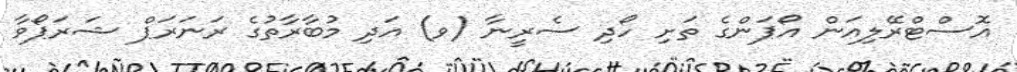
އޮސްޓްރޭލިއަން އޯޕަންގެ ތަށި ހޯދި ސެރީނާ (ވ) އަދި މުބާރާތުގެ ރަނަރަޕް ޝަރަޕޯވާ